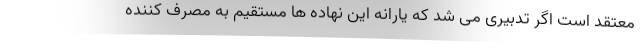
معتقد است اگر تدبیری می شد که یارانه این نهاده ها مستقیم به مصرف کننده